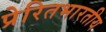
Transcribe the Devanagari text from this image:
प्रेरितभारतीय